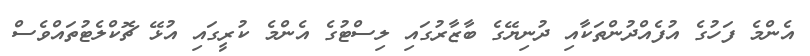
އެންމެ ފަހުގެ އުފެއްދުންތަކާއި ދުނިޔޭގެ ބާޒާރުގައި ލިސްޓުގެ އެންމެ ކުރީގައި އުޅޭ ޗޮކްލެޓުތައްވެސް